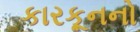
કારકૂનનો